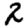
Digit: 2